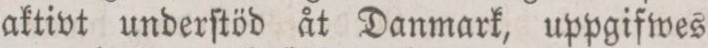
aktivt underſtöd åt Danmark, uppgifwes